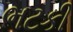
ભટકી